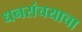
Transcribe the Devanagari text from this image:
धनसंचयाचा